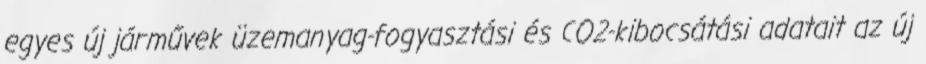
egyes új járművek üzemanyag-fogyasztási és CO2-kibocsátási adatait az új